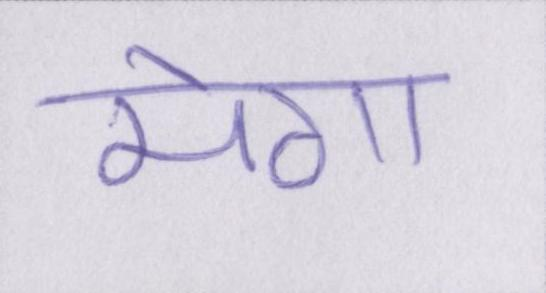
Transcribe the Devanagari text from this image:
मेगा